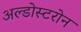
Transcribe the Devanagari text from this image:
अल्डोस्टरोन